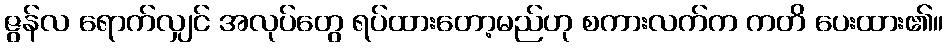
ဇွန်လ ရောက်လျှင် အလုပ်တွေ ရပ်ထားတော့မည်ဟု စကားလက်က ကတိ ပေးထား၏။